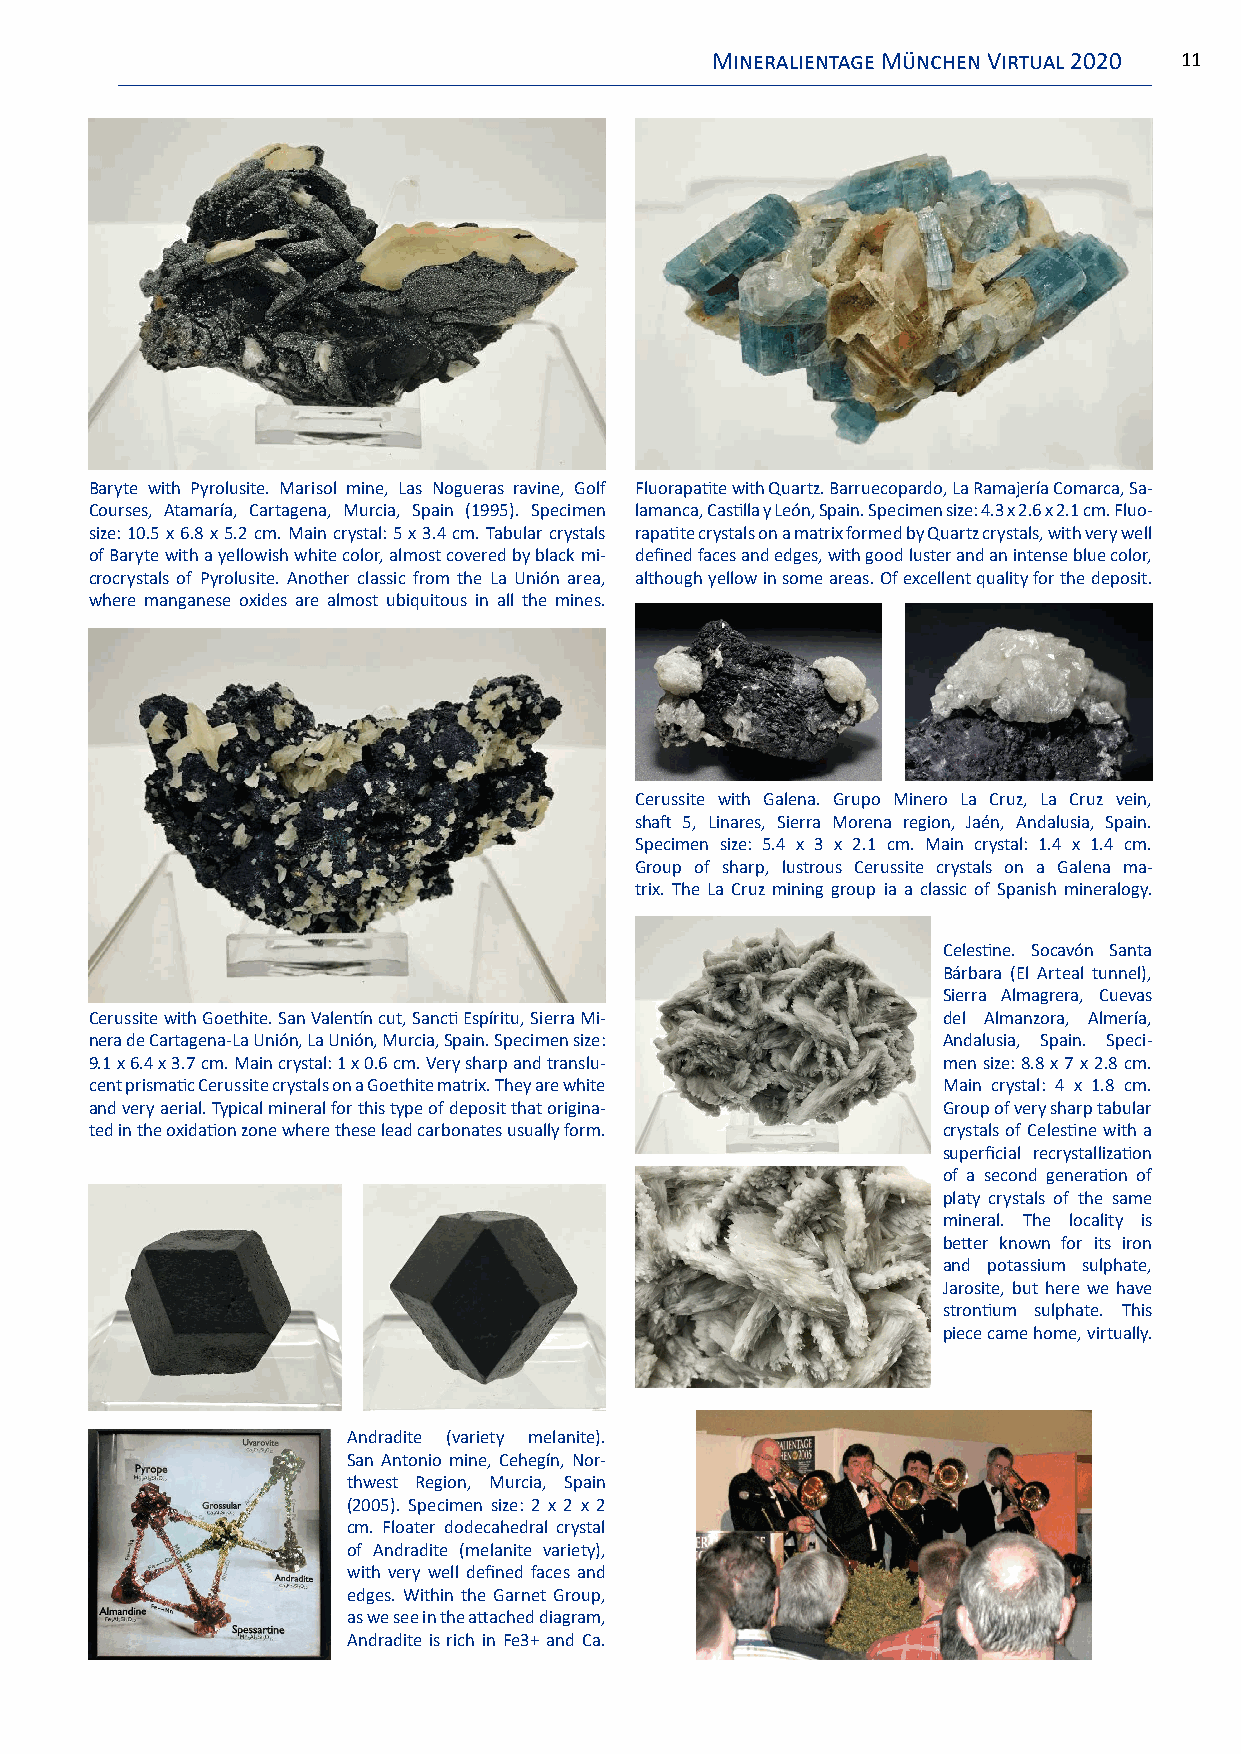
Mineralientage München Virtual 2020 11
 Baryte with Pyrolusite. Marisol mine, Las Nogueras ravine, Golf Fluorapatite with Quartz. Barruecopardo, La Ramajería Comarca, Sa-
 Courses, Atamaría, Cartagena, Murcia, Spain (1995). Specimen lamanca, Castilla y León, Spain. Specimen size: 4.3 x 2.6 x 2.1 cm. Fluo-
 size: 10.5 x 6.8 x 5.2 cm. Main crystal: 5 x 3.4 cm. Tabular crystals rapatite crystals on a matrix formed by Quartz crystals, with very well
 of Baryte with a yellowish white color, almost covered by black mi- defined faces and edges, with good luster and an intense blue color,
 crocrystals of Pyrolusite. Another classic from the La Unión area, although yellow in some areas. Of excellent quality for the deposit.
 where manganese oxides are almost ubiquitous in all the mines.
 Cerussite with Galena. Grupo Minero La Cruz, La Cruz vein,
 shaft 5, Linares, Sierra Morena region, Jaén, Andalusia, Spain.
 Specimen size: 5.4 x 3 x 2.1 cm. Main crystal: 1.4 x 1.4 cm.
 Group of sharp, lustrous Cerussite crystals on a Galena ma-
 trix. The La Cruz mining group ia a classic of Spanish mineralogy.
 Celestine. Socavón Santa
 Bárbara (El Arteal tunnel),
 Sierra Almagrera, Cuevas
 Cerussite with Goethite. San Valentín cut, Sancti Espíritu, Sierra Mi- del Almanzora, Almería,
 nera de Cartagena-La Unión, La Unión, Murcia, Spain. Specimen size: Andalusia, Spain. Speci-
 9.1 x 6.4 x 3.7 cm. Main crystal: 1 x 0.6 cm. Very sharp and translu- men size: 8.8 x 7 x 2.8 cm.
 cent prismatic Cerussite crystals on a Goethite matrix. They are white Main crystal: 4 x 1.8 cm.
 and very aerial. Typical mineral for this type of deposit that origina- Group of very sharp tabular
 ted in the oxidation zone where these lead carbonates usually form. crystals of Celestine with a
 superficial recrystallization
 of a second generation of
 platy crystals of the same
 mineral. The locality is
 better known for its iron
 and potassium sulphate,
 Jarosite, but here we have
 strontium sulphate. This
 piece came home, virtually.
 Andradite (variety melanite).
 San Antonio mine, Cehegín, Nor-
 thwest Region, Murcia, Spain
 (2005). Specimen size: 2 x 2 x 2
 cm. Floater dodecahedral crystal
 of Andradite (melanite variety),
 with very well defined faces and
 edges. Within the Garnet Group,
 as we see in the attached diagram,
 Andradite is rich in Fe3+ and Ca.